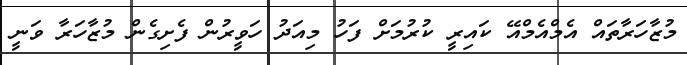
މުޒާހަރާތައް އެމްއެމްއޭ ކައިރީ ކުރުމަށް ފަހު މިއަދު ހަވީރުން ފެށިގެން މުޒާހަރާ ވަނީ